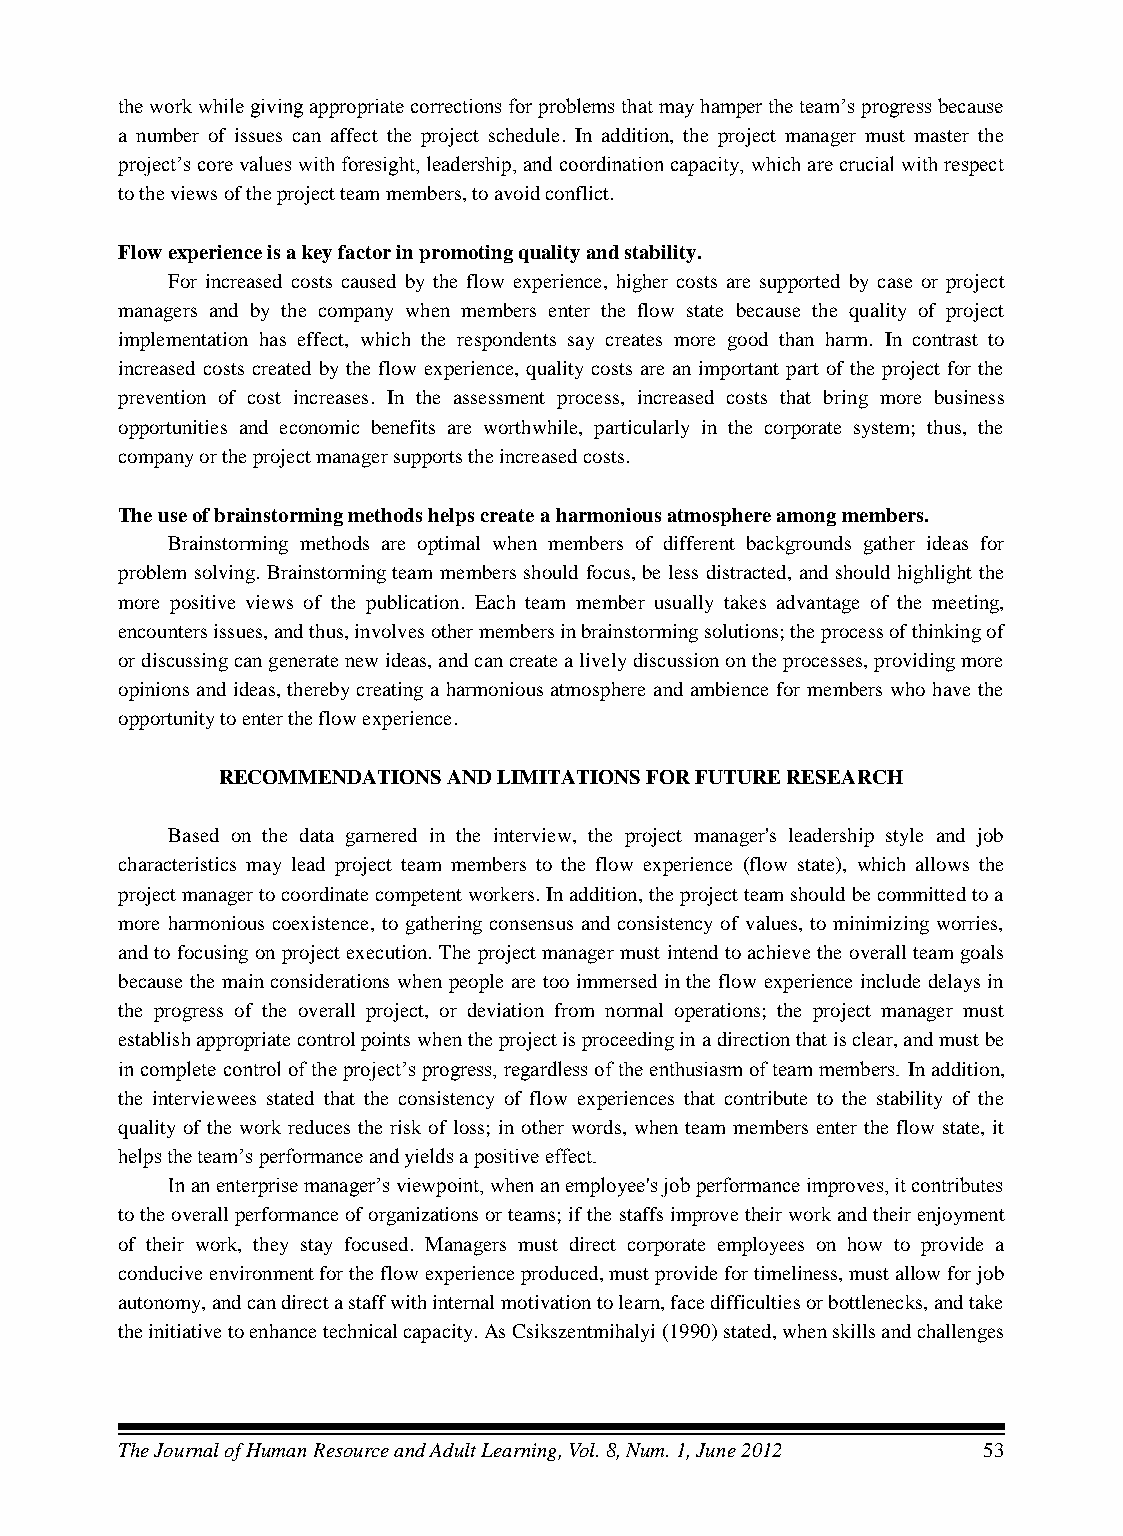
the work while giving appropriate corrections for problems that may hamper the team’s progress because
 a number of issues can affect the project schedule. In addition, the project manager must master the
 project’s core values with foresight, leadership, and coordination capacity, which are crucial with respect
 to the views of the project team members, to avoid conflict.
 Flow experience is a key factor in promoting quality and stability.
 For increased costs caused by the flow experience, higher costs are supported by case or project
 managers and by the company when members enter the flow state because the quality of project
 implementation has effect, which the respondents say creates more good than harm. In contrast to
 increased costs created by the flow experience, quality costs are an important part of the project for the
 prevention of cost increases. In the assessment process, increased costs that bring more business
 opportunities and economic benefits are worthwhile, particularly in the corporate system; thus, the
 company or the project manager supports the increased costs.
 The use of brainstorming methods helps create a harmonious atmosphere among members.
 Brainstorming methods are optimal when members of different backgrounds gather ideas for
 problem solving. Brainstorming team members should focus, be less distracted, and should highlight the
 more positive views of the publication. Each team member usually takes advantage of the meeting,
 encounters issues, and thus, involves other members in brainstorming solutions; the process of thinking of
 or discussing can generate new ideas, and can create a lively discussion on the processes, providing more
 opinions and ideas, thereby creating a harmonious atmosphere and ambience for members who have the
 opportunity to enter the flow experience.
 RECOMMENDATIONS AND LIMITATIONS FOR FUTURE RESEARCH
 Based on the data garnered in the interview, the project manager's leadership style and job
 characteristics may lead project team members to the flow experience (flow state), which allows the
 project manager to coordinate competent workers. In addition, the project team should be committed to a
 more harmonious coexistence, to gathering consensus and consistency of values, to minimizing worries,
 and to focusing on project execution. The project manager must intend to achieve the overall team goals
 because the main considerations when people are too immersed in the flow experience include delays in
 the progress of the overall project, or deviation from normal operations; the project manager must
 establish appropriate control points when the project is proceeding in a direction that is clear, and must be
 in complete control of the project’s progress, regardless of the enthusiasm of team members. In addition,
 the interviewees stated that the consistency of flow experiences that contribute to the stability of the
 quality of the work reduces the risk of loss; in other words, when team members enter the flow state, it
 helps the team’s performance and yields a positive effect.
 In an enterprise manager’s viewpoint, when an employee's job performance improves, it contributes
 to the overall performance of organizations or teams; if the staffs improve their work and their enjoyment
 of their work, they stay focused. Managers must direct corporate employees on how to provide a
 conducive environment for the flow experience produced, must provide for timeliness, must allow for job
 autonomy, and can direct a staff with internal motivation to learn, face difficulties or bottlenecks, and take
 the initiative to enhance technical capacity. As Csikszentmihalyi (1990) stated, when skills and challenges
 The Journal of Human Resource and Adult Learning, Vol. 8, Num. 1, June 2012 53